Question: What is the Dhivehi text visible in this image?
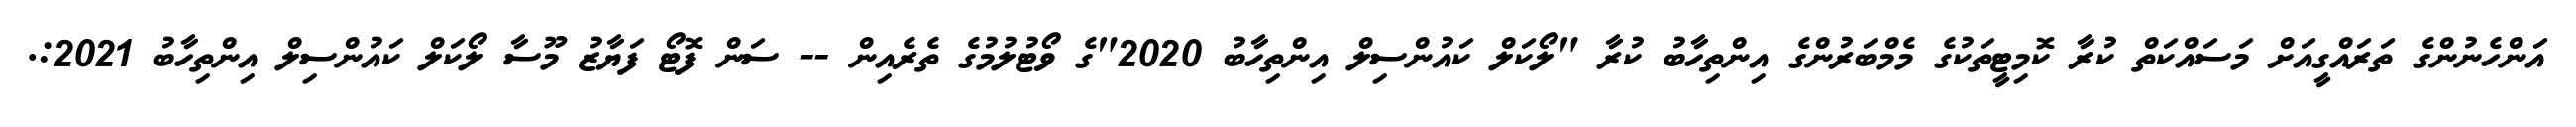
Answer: އަންހެނުންގެ ތަރައްގީއަށް މަސައްކަތް ކުރާ ކޮމިޓީތަކުގެ މެމްބަރުންގެ އިންތިހާބު ކުރާ "ލޯކަލް ކައުންސިލް އިންތިހާބު 2020"ގެ ވޯޓުލުމުގެ ތެރެއިން -- ސަން ފޮޓޯ ފަޔާޒު މޫސާ ލޯކަލް ކައުންސިލް އިންތިހާބު 2021:.